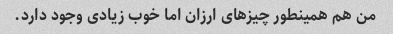
من هم همینطور چیزهای ارزان اما خوب زیادی وجود دارد.